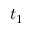
t _ { 1 }